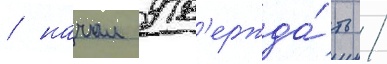
/ начал утв'ержда́ть /